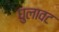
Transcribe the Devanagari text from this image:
घुलावट